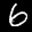
Label: 6